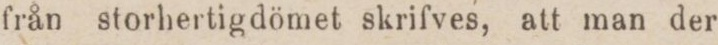
från storhertigdömet skrifves, att man der